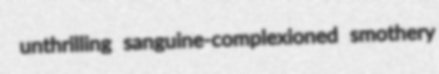
unthrilling sanguine-complexioned smothery